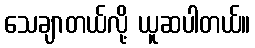
သေချာတယ်လို့ ယူဆပါတယ်။